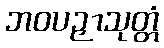
ဘဝပဉှာသုတ္တံ